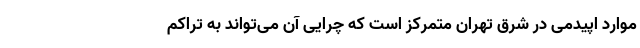
موارد اپیدمی در شرق تهران متمرکز است که چرایی آن می‌تواند به تراکم